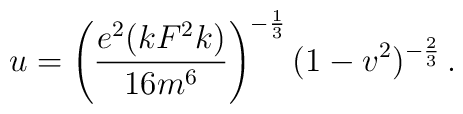
u=\left( \frac{e^{2} (kF^{2}k)}{16m^{6}}\right) ^{-\frac{1}{3}}(1-v^{2})^{-\frac{2}{3}} \, .